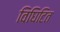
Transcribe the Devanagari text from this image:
विघिटित